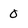
Character: 0